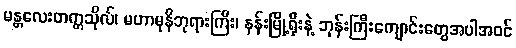
မန္တလေးတက္ကသိုလ်၊ မဟာမုနိဘုရားကြီး၊ နန်းမြို့ရိုးနဲ့ ဘုန်းကြီးကျောင်းတွေအပါအဝင်